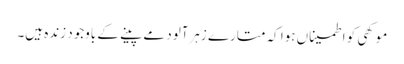
موکھی کو اطمیناں ہوا کہ متارے زہرآلود مے پینے کے باوجود زندہ ہیں۔